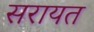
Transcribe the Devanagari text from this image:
सरायत